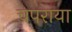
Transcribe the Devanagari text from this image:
चपराया